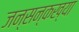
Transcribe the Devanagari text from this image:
जन्सन्कख्या